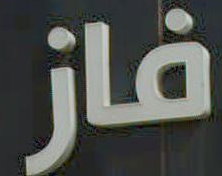
فاز